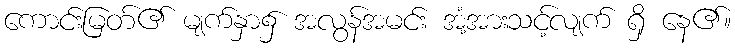
ကောင်းမြတ်၏ မျက်နှာ၌ အလွန်အမင်း အံ့အားသင့်လျက် ရှိ နေ၏။